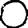
Digit: 0